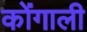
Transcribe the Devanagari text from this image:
कोंगाली